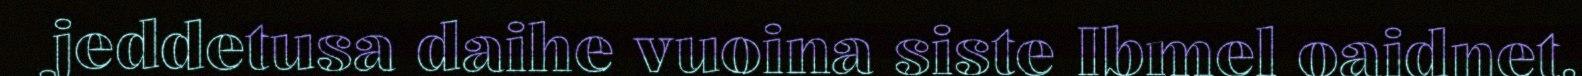
jeddetusa daihe vuoina siste Ibmel oaidnet.